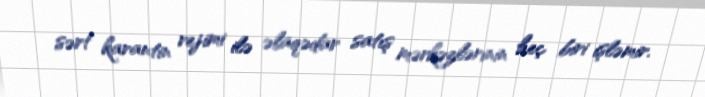
sərt karantin rejimi ilə əlaqədar satış mərkəzlərinin heç biri işləmir.